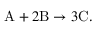
\mathrm { A } + 2 \mathrm { B } \rightarrow 3 \mathrm { C } .